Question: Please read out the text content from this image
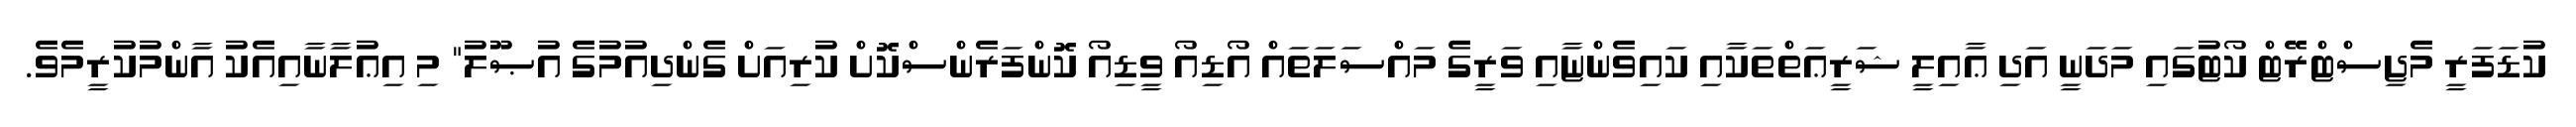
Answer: ކުޑަފަރީ މެޖިސްޓްރޭޓް ކޯޓުގައި މަދަނީ އަދި ޢާއިލީ ޝަރީޢަތްތަކާއި ކައިވެންޏާއި ވަރީގެ މައްސަލަތައް އޯޑިއޯ ވީޑިއޯ ކޮންފަރެންސްކޮށް ކުރިއަށް ގެންދިއުމުގެ އުޞޫލު" މި އިޢުލާނާއިއެކު އާންމުކުރީމެވެ.